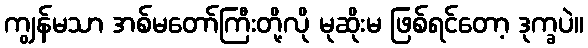
ကျွန်မသာ အစ်မတော်ကြီးတို့လို မုဆိုးမ ဖြစ်ရင်တော့ ဒုက္ခပဲ။